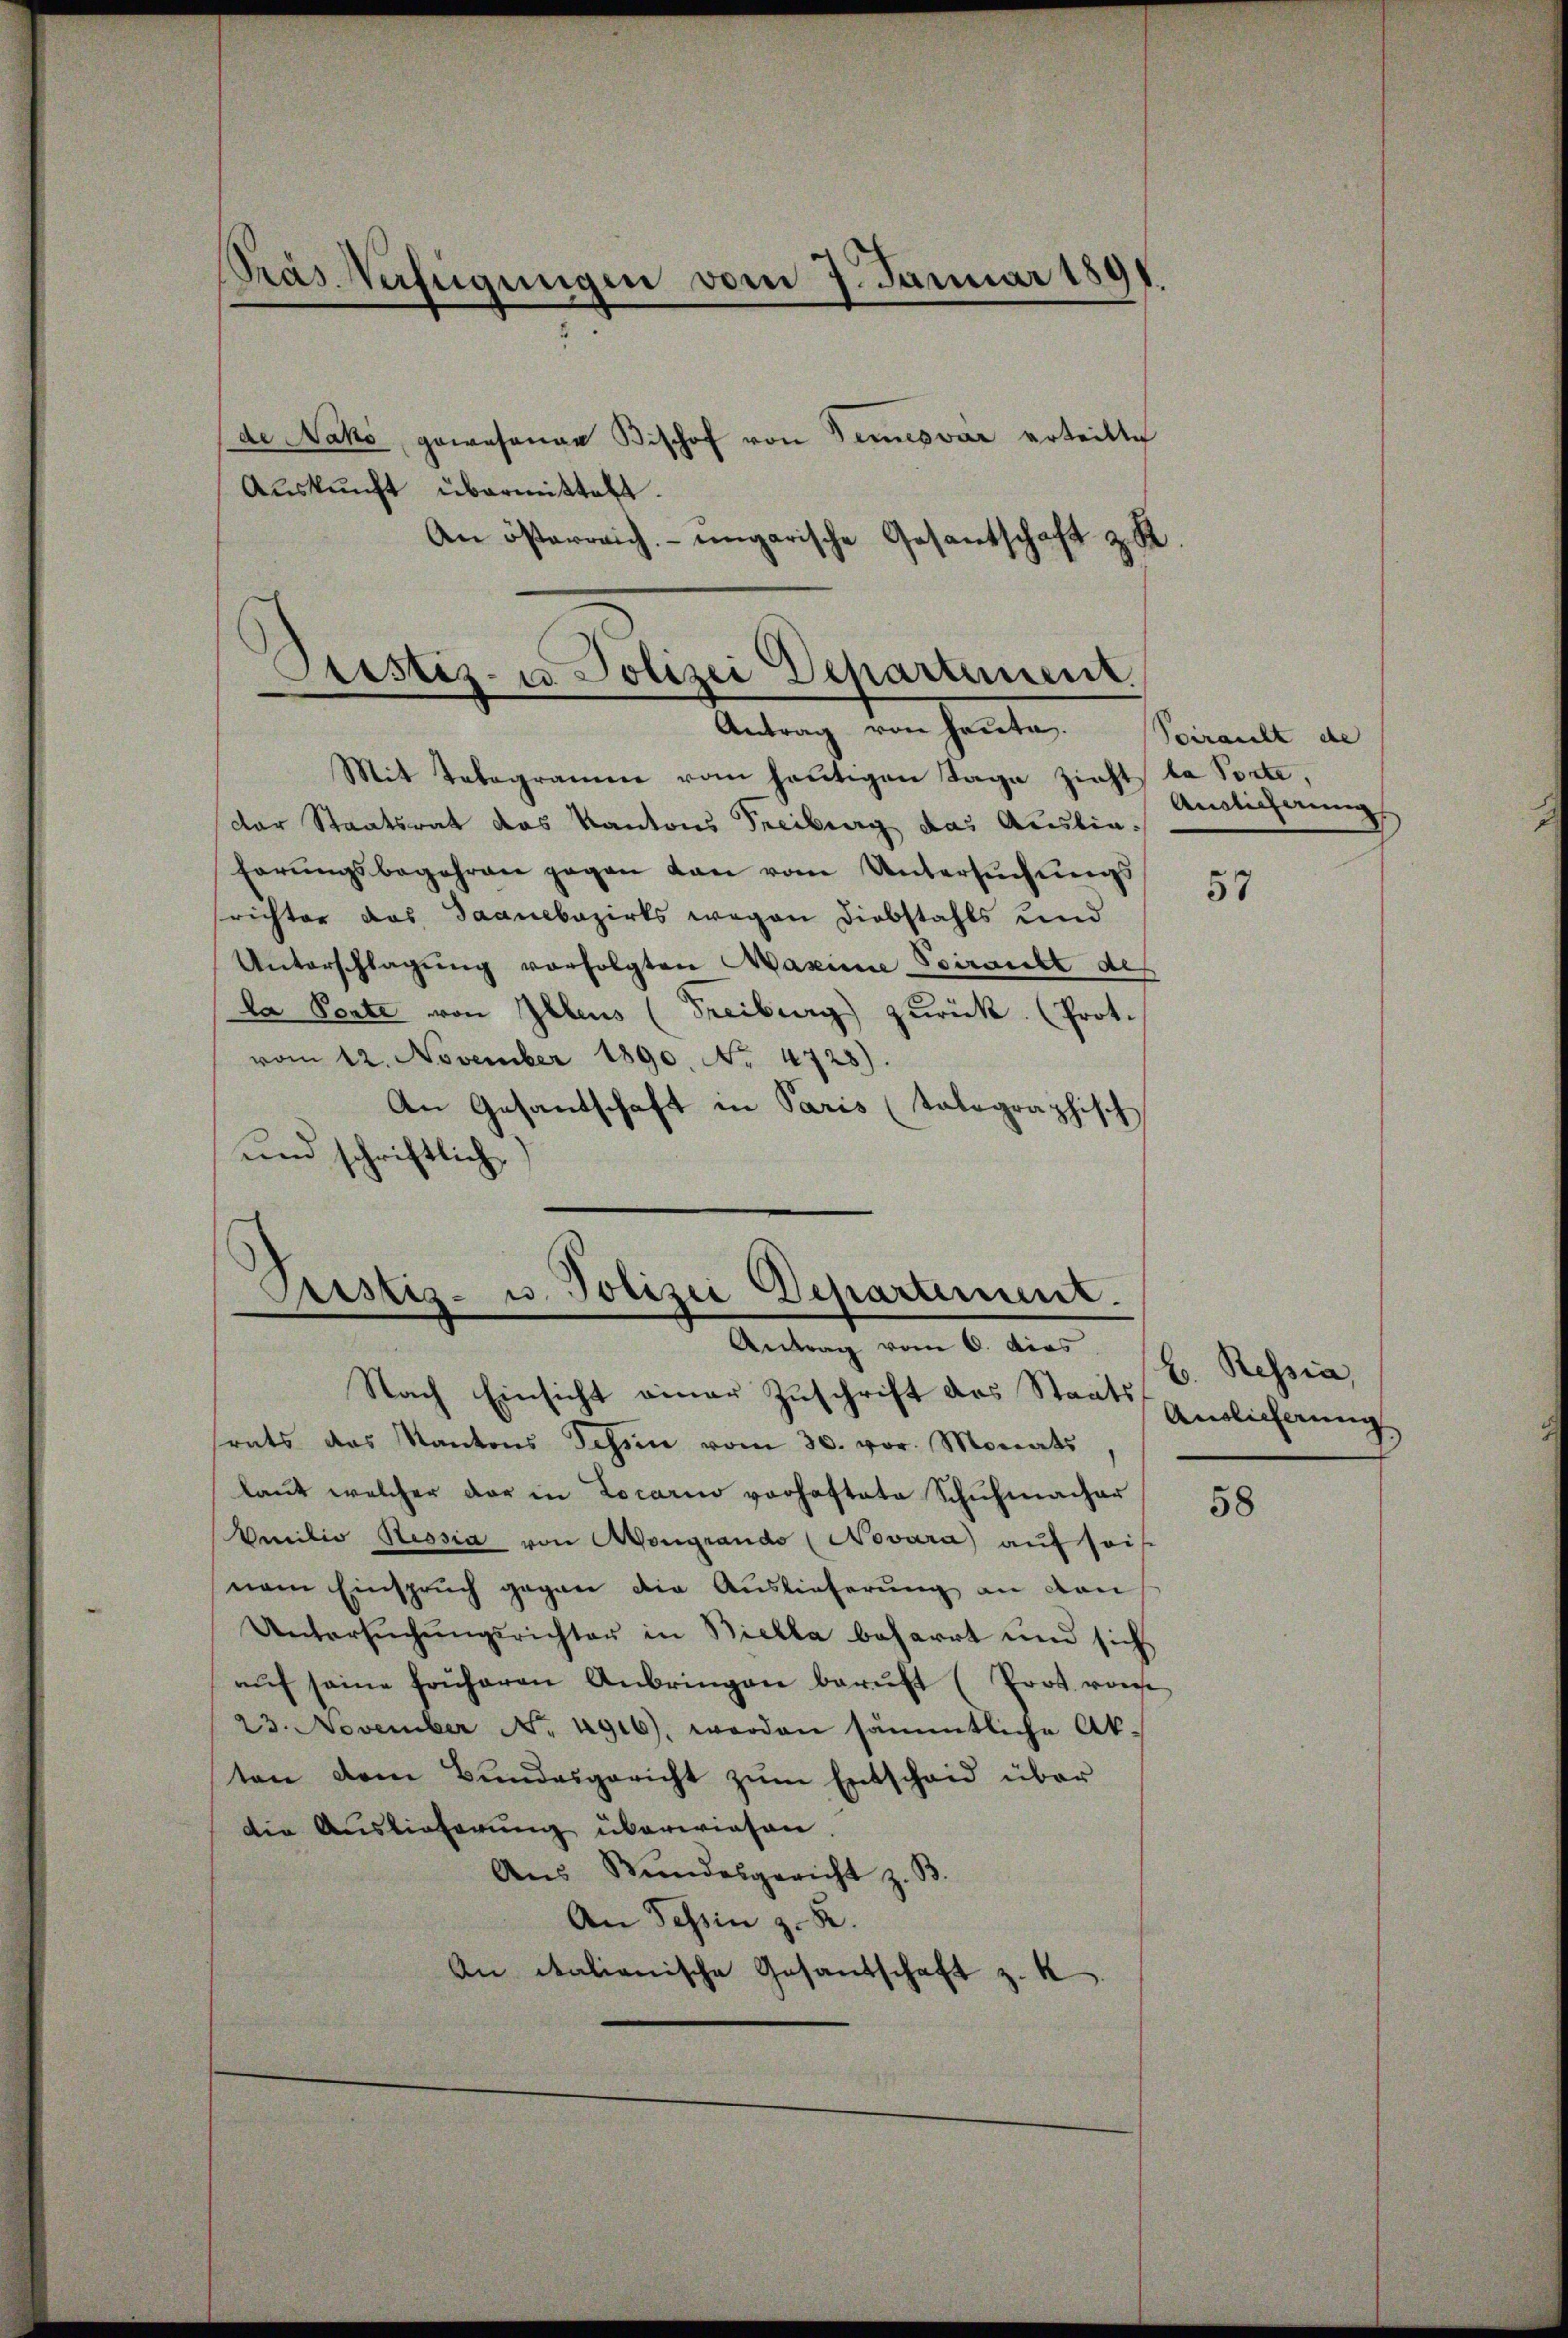
Gras Verfügungen vom 7. Januar 1891.

de Nako, gewesener Bischof von Temesvár erteilte
Aŭskŭnft übermittelt.
An österreich ungarische Gesantschaft zu

Ptistiz- u. Polizei Departement.
Antrag von heute. (Sciraut de

Mit Telegramm vom heutigen Tage zieht la Porte,
der Staatsrat das Kantons Freiburg das Ausliehörŭngsbegehren gegen dan vom Untersŭchŭngs
srichter das Saanebazirks wegen Diebstahls und
Unterschlagung verfolgten Maseine Poiraubt des
la Porte von Illens (Freiburg zurück. (Prot.
vom 12. November 1890. No. 4728).
An Gesantschaft in Paris (tolographisch
und schriftlich

Pristiz- u. Polizei Departement.
Antrag vom 6. dies

Nach Einsicht einer Zuschrift des Staatstrats das Kantons Tessin vom 30. vor. Monats
laŭt welcher der in Locarii vorhaftete Schŭhmacher
Amilie Sessia von Mongrando (Novara) auf seis
nem Einspruch gegen die Auslieferung an den
Untersŭchŭngsrichter in Bielle beharrt und sich
aŭf seine früheren Anbringen berŭft (Prot von
23. November No. 1916), worden sämmtliche Ak-
ten dem Bŭndesgericht zŭm Entschaid über
die Auslieferung überwiesen
Aŭs Stundesgericht z. B.
An Tessin z. B.
An italienische Gesandschaft z. K

Auslicherung

57

58

b. Ressia,
Anblicherung